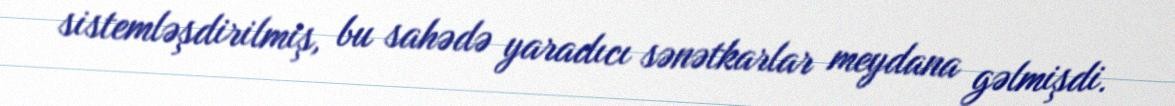
sistemləşdirilmiş, bu sahədə yaradıcı sənətkarlar meydana gəlmişdi.